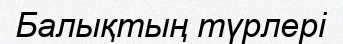
Балықтың түрлері